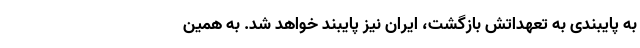
به پایبندی به تعهداتش بازگشت، ایران نیز پایبند خواهد شد. به همین